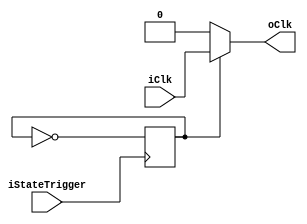
module pulser
(
	iClk,
	iStateTrigger,
	oClk
);

input iClk, iStateTrigger;
output reg oClk;
reg state = 0;  // estado 0 parado, estado 1 executando

// Atualizando estado interno
always @(negedge iStateTrigger) begin
	state <= ~state;
end

// Sempre que o estado mudar, atualiza o clock 
always @(state or iClk) begin
	if (state) 
		oClk <= iClk;
	else
		oClk <= 0;
end

endmodule